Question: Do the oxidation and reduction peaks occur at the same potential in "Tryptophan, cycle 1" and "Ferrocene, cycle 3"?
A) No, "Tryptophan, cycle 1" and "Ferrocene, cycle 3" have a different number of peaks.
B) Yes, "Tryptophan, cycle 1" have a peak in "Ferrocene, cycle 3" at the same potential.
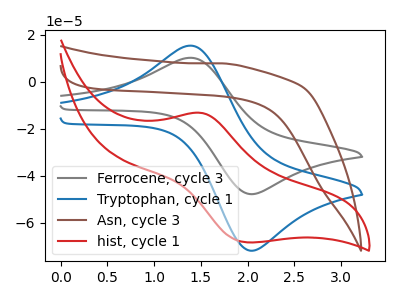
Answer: <think>The gray curve "Ferrocene, cycle 3" has an anodic peak at (1.40V, 10.25uA) and a cathodic peak at (2.00V, -47.65uA). The blue curve "Tryptophan, cycle 1" has an anodic peak at (1.40V, 15.45uA) and a cathodic peak at (2.00V, -71.70uA). The brown curve "Asn, cycle 3" has no peaks. The red curve "hist, cycle 1" has an anodic peak at (1.50V, -13.20uA) and a cathodic peak at (2.00V, -68.30uA).</think>
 <answer>B) Yes, "Tryptophan, cycle 1" have a peak in "Ferrocene, cycle 3" at the same potential.</answer>
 <eval>B</eval>